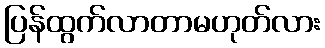
ပြန်ထွက်လာတာမဟုတ်လား